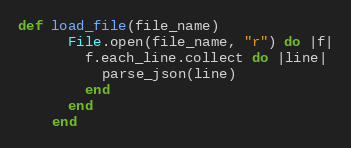
Language: Ruby
def load_file(file_name)
      File.open(file_name, "r") do |f|
        f.each_line.collect do |line|
          parse_json(line)
        end
      end
    end